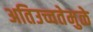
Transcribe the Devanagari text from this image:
अतिउच्चतेमुळे